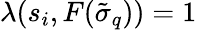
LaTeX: \lambda(s_{i},F(\tilde{\sigma}_{q}))=1